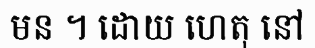
មន ។ ដោយ ហេតុ នៅ